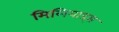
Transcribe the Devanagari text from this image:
मिलियाड्स